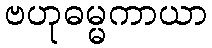
ဗဟုဓမ္မကာယာ